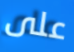
على